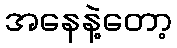
အနေနဲ့တော့